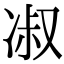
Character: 𭂑